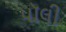
પૉલી